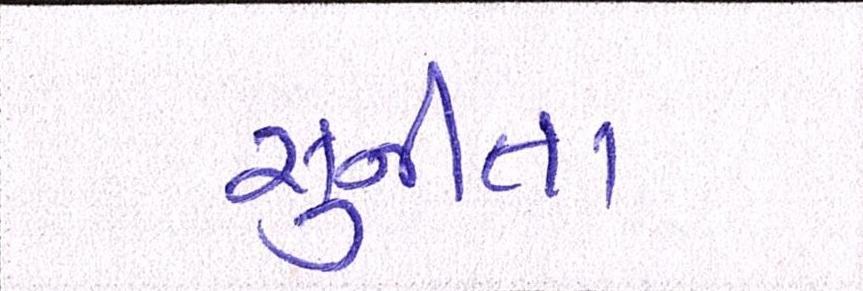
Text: સુનીતા